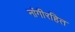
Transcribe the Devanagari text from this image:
नांगीरहित